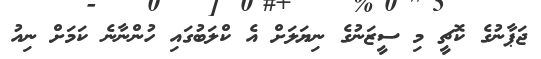
ޖަޕާނުގެ ކޮޗީ މި ސީޒަނުގެ ނިޔަލަށް އެ ކްލަބުގައި ހުންނާނެ ކަމަށް ނިއު